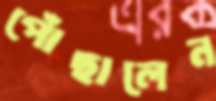
পোঁছালেন